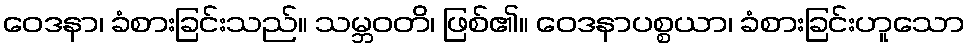
ဝေဒနာ၊ ခံစားခြင်းသည်။ သမ္ဘဝတိ၊ ဖြစ်၏။ ဝေဒနာပစ္စယာ၊ ခံစားခြင်းဟူသော